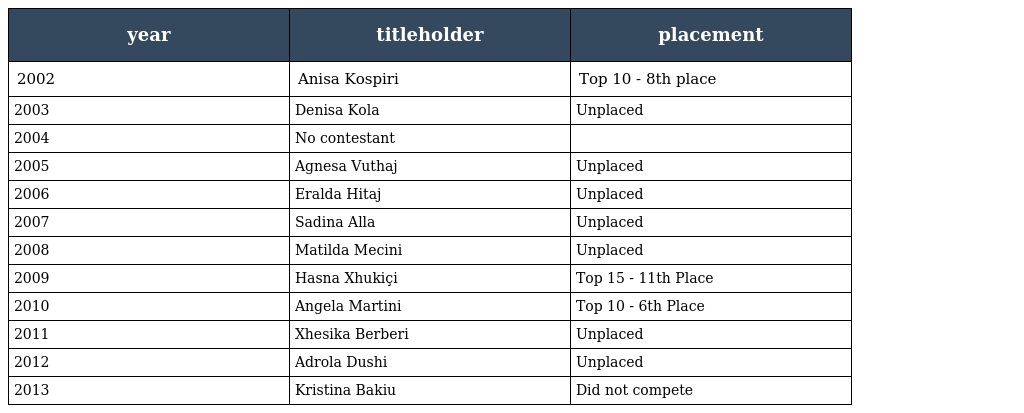
| year | titleholder | placement |
 | --- | --- | --- |
 | 2002 | Anisa Kospiri | Top 10 - 8th place |
 | 2003 | Denisa Kola | Unplaced |
 | 2004 | No contestant |  |
 | 2005 | Agnesa Vuthaj | Unplaced |
 | 2006 | Eralda Hitaj | Unplaced |
 | 2007 | Sadina Alla | Unplaced |
 | 2008 | Matilda Mecini | Unplaced |
 | 2009 | Hasna Xhukiçi | Top 15 - 11th Place |
 | 2010 | Angela Martini | Top 10 - 6th Place |
 | 2011 | Xhesika Berberi | Unplaced |
 | 2012 | Adrola Dushi | Unplaced |
 | 2013 | Kristina Bakiu | Did not compete |